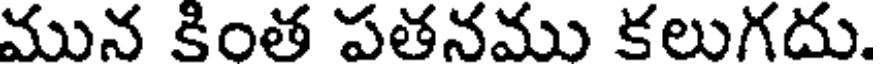
మున కింత పతనము కలుగదు.